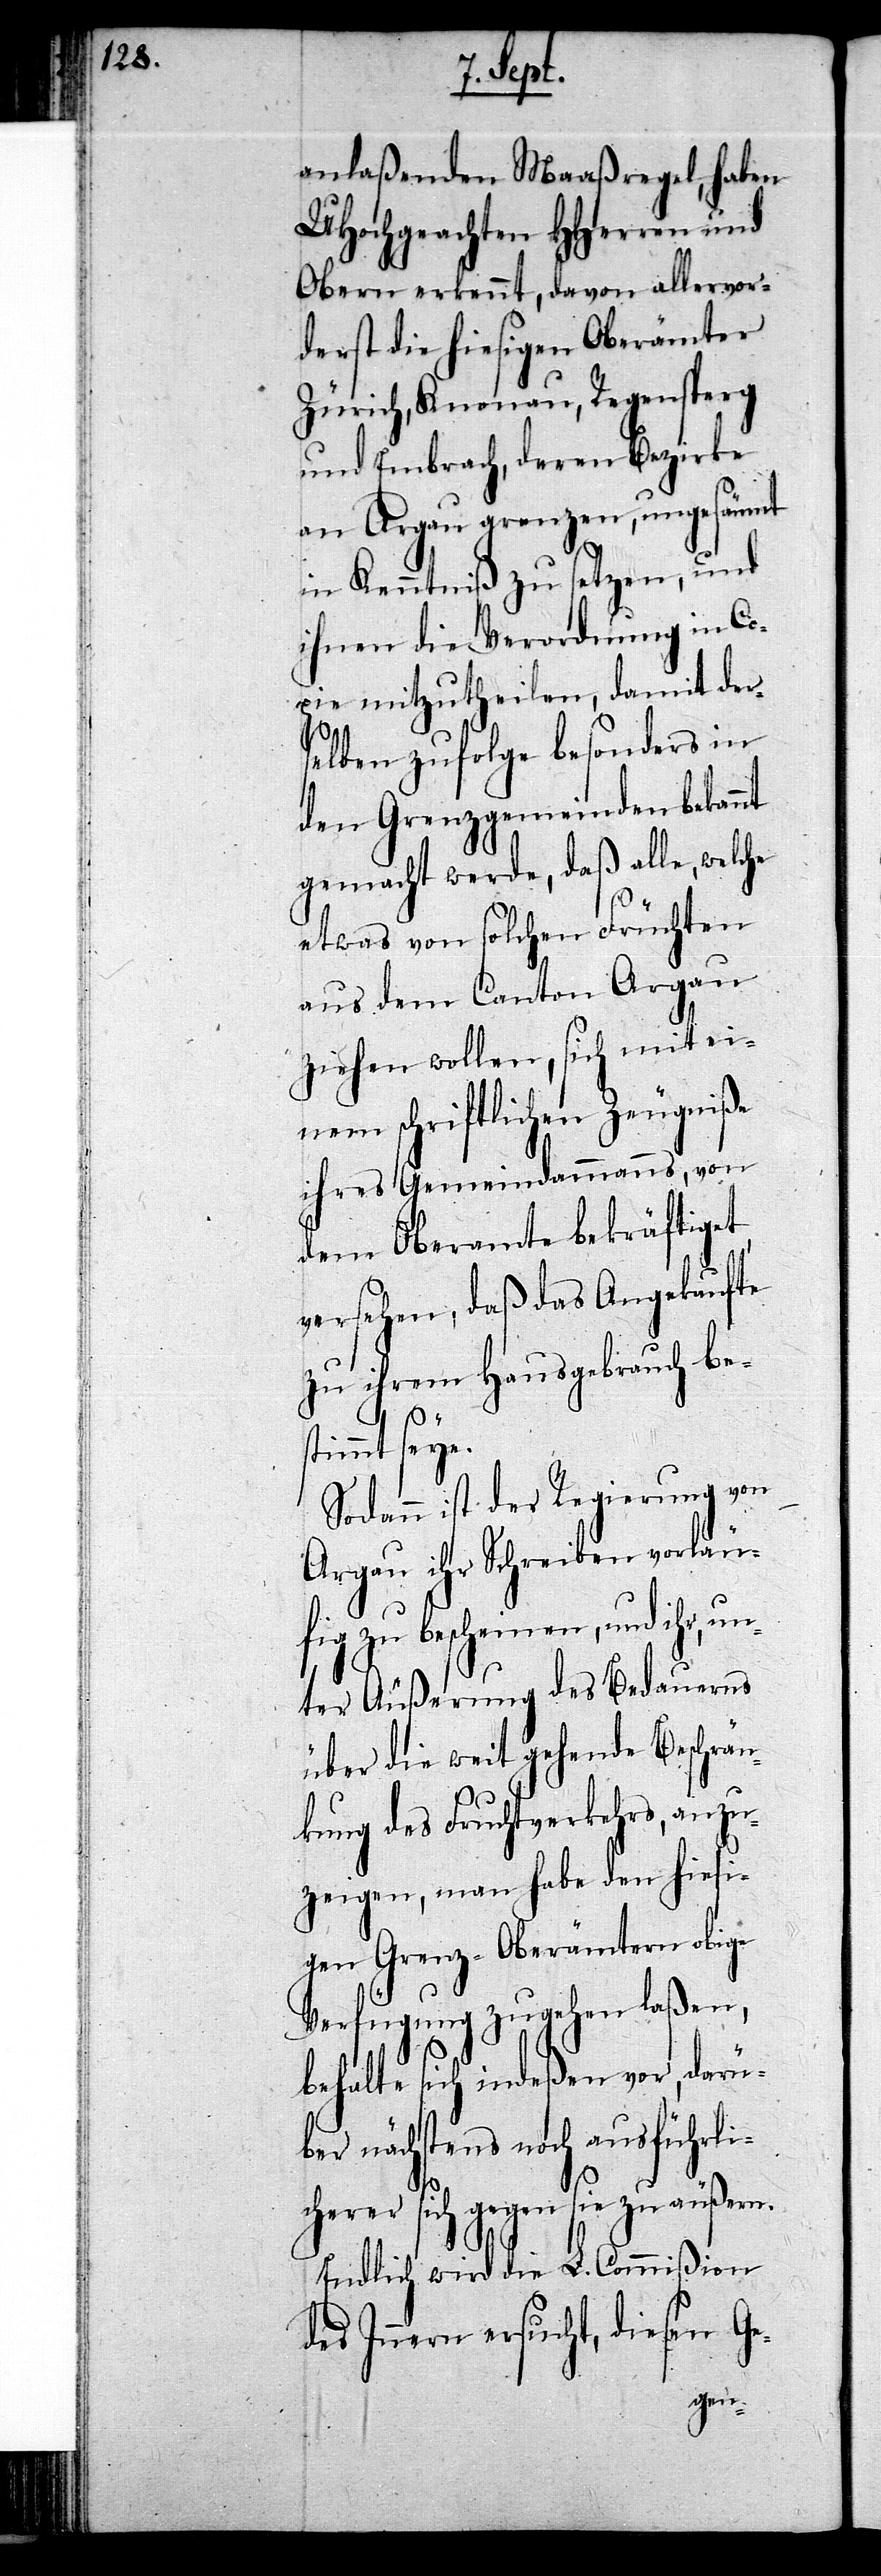
anlaßende Maaßregel, haben
UHochgeachten HHerren und
Obern erkennt, davon allervor¬
derst die hiesigen Oberämter
Zürich, Knonau, Regensperg
und Embrach, deren Bezirke
an Argau grenzen, ungesäumt
in Kenntniß zu setzen, und
ihnen die Verordnung in Co¬
pie mitzutheilen, damit der¬
selben zufolge besonders in
den Grenzgemeinden bekannt
gemacht werde, daß alle, welche
etwas von solchen Früchten
aus dem Canton Argau
ziehen wollen, sich mit ei¬
nem schriftlichen Zeugniße
ihres Gemeindammanns, von
dem Oberamte bekräftiget,
versehen, daß das Angekaufte
zu ihrem Hausgebrauch be¬
stimmt seye.
Sodann ist der Regierung von
Argau ihr Schreiben vorläu¬
fig zu bescheinen, und ihr, un¬
ter Äußerung des Bedauerns
über die weit gehende Beschrän¬
kung des Fruchtverkehrs, anzu¬
zeigen, man habe den hiesi¬
gen Grenz-Oberämtern obige
Verfügung zugehen laßen,
behalte sich indeßen vor, darü¬
ber nächstens noch ausführli¬
cherer sich gegen sie zu äußern.
Endlich wird die L. Commißion
des Innern ersucht, diesen Ge-